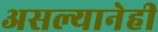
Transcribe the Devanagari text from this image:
असल्यानेही